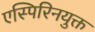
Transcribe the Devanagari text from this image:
एस्पिरिनयुक्त